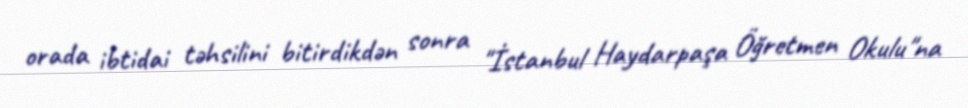
orada ibtidai təhsilini bitirdikdən sonra "İstanbul Haydarpaşa Öğretmen Okulu"na